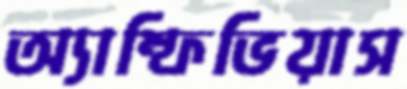
অ্যাম্ফিভিয়াস